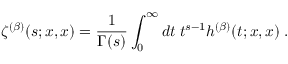
\zeta ^ { ( \beta ) } ( s ; x , x ) = \frac { 1 } { \Gamma ( s ) } \int _ { 0 } ^ { \infty } d t \; t ^ { s - 1 } h ^ { ( \beta ) } ( t ; x , x ) \; .